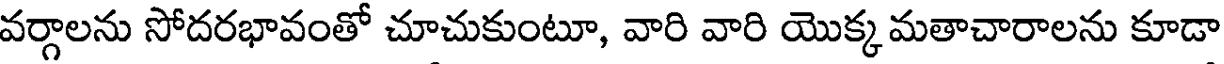
వర్గాలను సోదరభావంతో చూచుకుంటూ, వారి వారి యొక్క మతాచారాలను కూడా